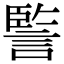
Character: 𧩾